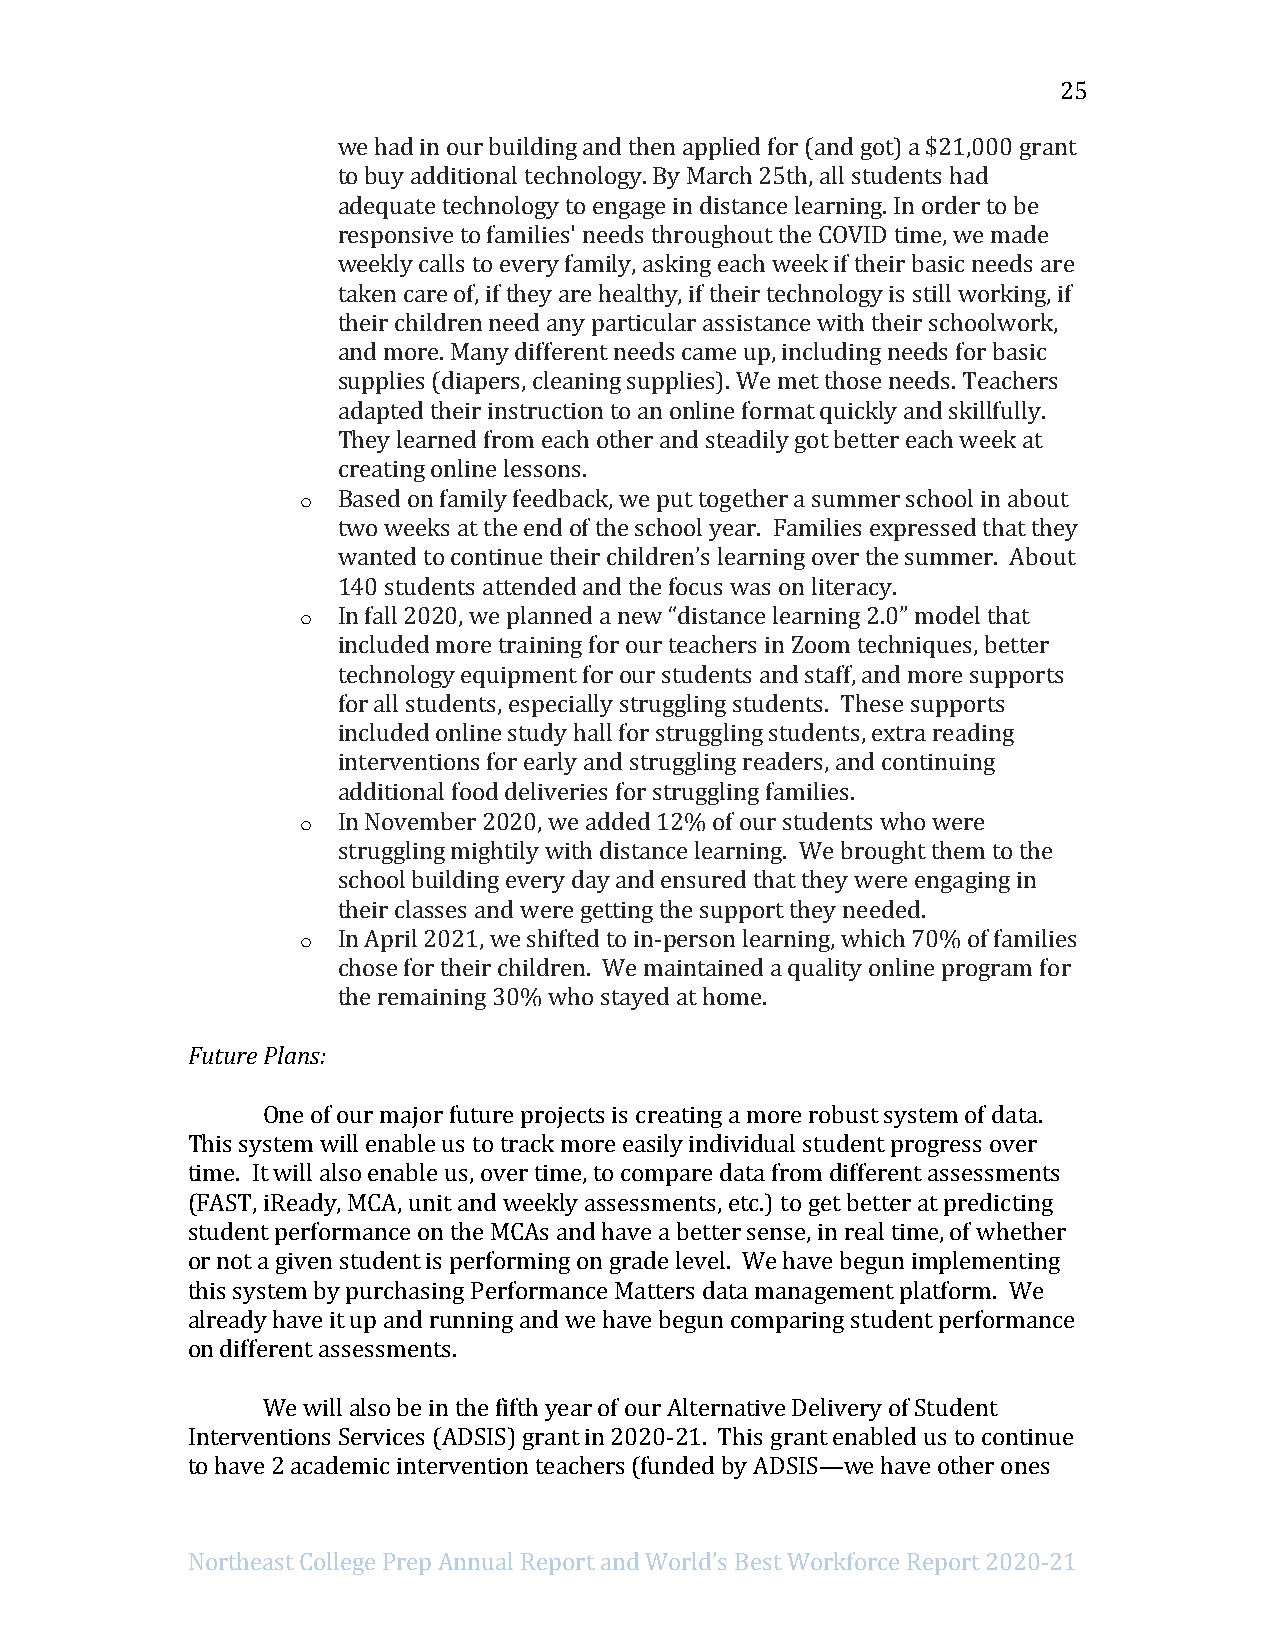
25
 we had in our building and then applied for (and got) a $21,000 grant
 to buy additional technology. By March 25th, all students had
 adequate technology to engage in distance learning. In order to be
 responsive to families' needs throughout the COVID time, we made
 weekly calls to every family, asking each week if their basic needs are
 taken care of, if they are healthy, if their technology is still working, if
 their children need any particular assistance with their schoolwork,
 and more. Many different needs came up, including needs for basic
 supplies (diapers, cleaning supplies). We met those needs. Teachers
 adapted their instruction to an online format quickly and skillfully.
 They learned from each other and steadily got better each week at
 creating online lessons.
 o Based on family feedback, we put together a summer school in about
 two weeks at the end of the school year. Families expressed that they
 wanted to continue their children’s learning over the summer. About
 140 students attended and the focus was on literacy.
 o In fall 2020, we planned a new “distance learning 2.0” model that
 included more training for our teachers in Zoom techniques, better
 technology equipment for our students and staff, and more supports
 for all students, especially struggling students. These supports
 included online study hall for struggling students, extra reading
 interventions for early and struggling readers, and continuing
 additional food deliveries for struggling families.
 o In November 2020, we added 12% of our students who were
 struggling mightily with distance learning. We brought them to the
 school building every day and ensured that they were engaging in
 their classes and were getting the support they needed.
 o In April 2021, we shifted to in-person learning, which 70% of families
 chose for their children. We maintained a quality online program for
 the remaining 30% who stayed at home.
 Future Plans:
 One of our major future projects is creating a more robust system of data.
 This system will enable us to track more easily individual student progress over
 time. It will also enable us, over time, to compare data from different assessments
 (FAST, iReady, MCA, unit and weekly assessments, etc.) to get better at predicting
 student performance on the MCAs and have a better sense, in real time, of whether
 or not a given student is performing on grade level. We have begun implementing
 this system by purchasing Performance Matters data management platform. We
 already have it up and running and we have begun comparing student performance
 on different assessments.
 We will also be in the fifth year of our Alternative Delivery of Student
 Interventions Services (ADSIS) grant in 2020-21. This grant enabled us to continue
 to have 2 academic intervention teachers (funded by ADSIS—we have other ones
 Northeast College Prep Annual Report and World’s Best Workforce Report 2020-21